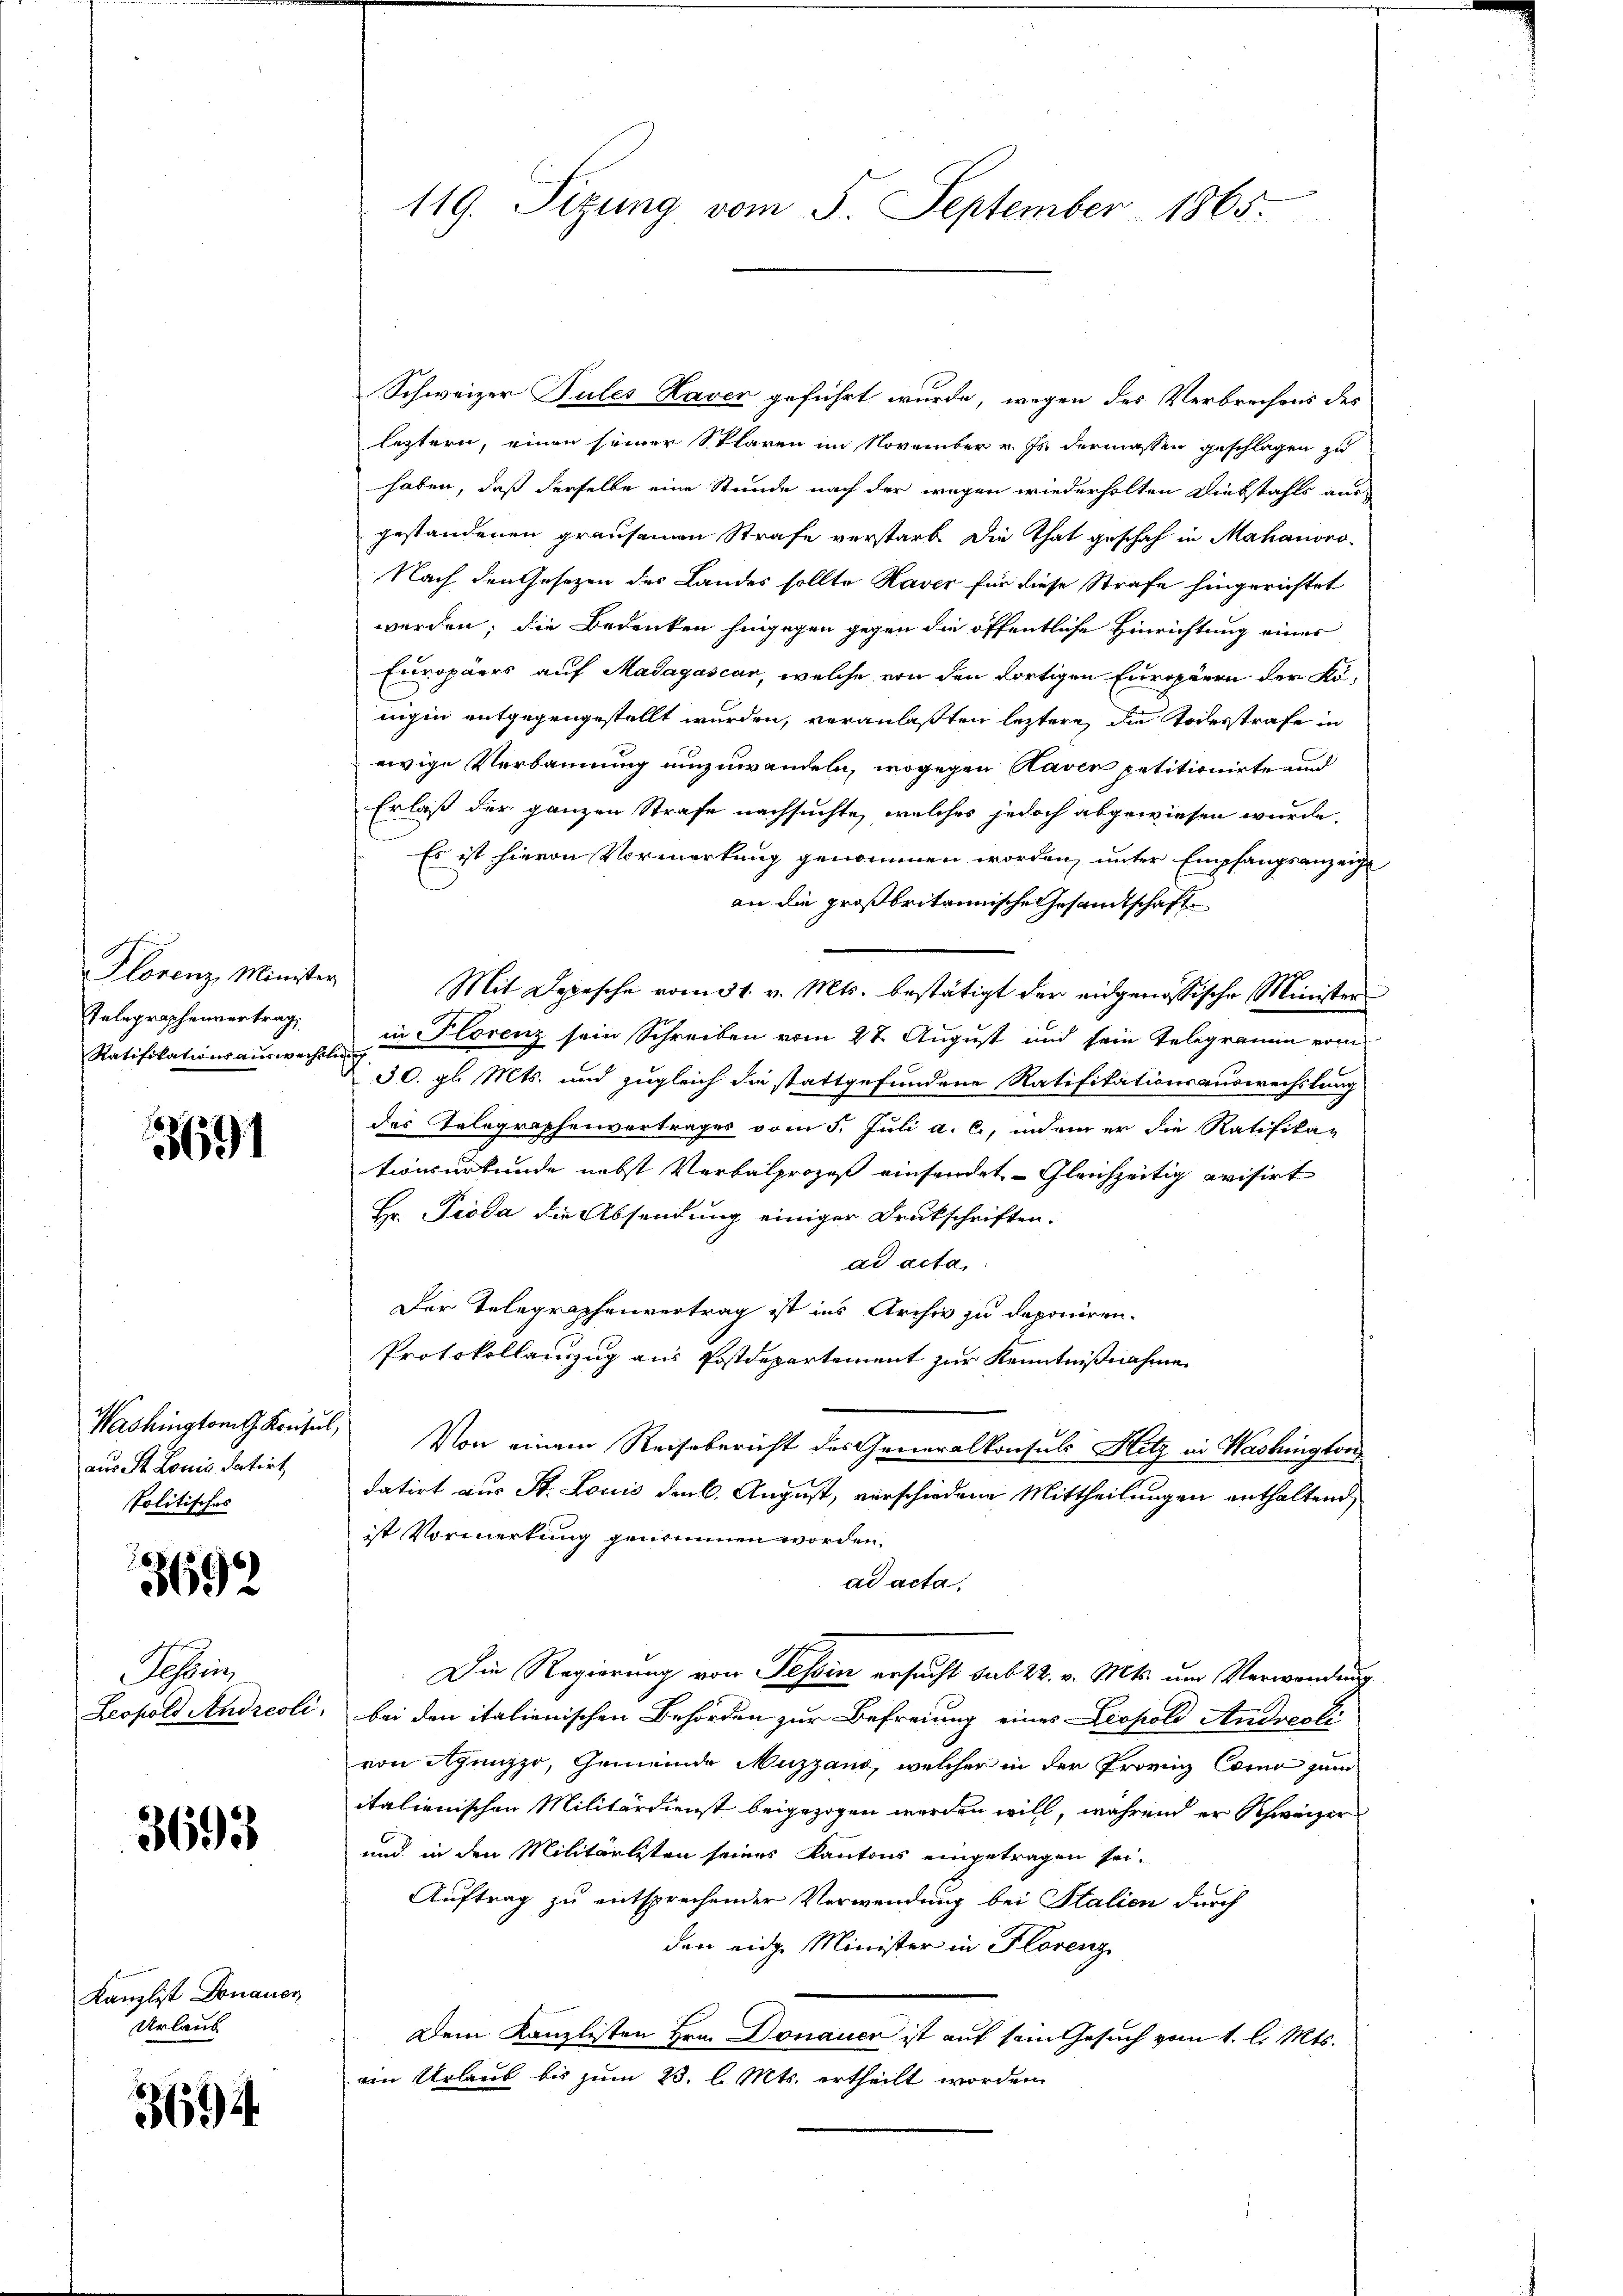
Florenz, Minister
Telegraphenvertrag,

3691

aus St. Louis datirt
Politisches

3692

Schrei

3693

Kanzlist Donauer
Urlaub

3694

119. Sizung vom 5. September 1865.

Schweizer Tules Raven geführt wurde, wegen des Verbrechens des
leztern, einen seiner Sklaren im November v. Js. dermassen geschlagen zu
haben, daß derselbe eine Stunde nach der wegen wiederholten Diebstahls aus-
gestandenen grausenen Strafe verstarb die That geschah in Mahanovo
Nach den Gesetzen der Landes sollte Haver für diese Strafe hingerichtet
werden; die Bedenken hingegen gegen die öffentliche Hinrichtung eines
Europäers auf Madagascar, welche von den dortigen Europäern der Königen entgegengestellt wurden, veranlaßten leztere, die Todesstrafe in
ewige Verbannnung umzuwandeln, wogegen Raven petitionirte und
Erlaß der ganzen Strafe nachsuchte, welches jedoch abgewiesen wurde.
Es ist hievon Vormerkung genommen worden, unter Empfangsanzeige
an die großbritannische Gesandtschaft
Mit Depesche vom 31. v. Mts. bestätigt der eidgenössische Minister
Ratifikationsauswechst in Klorenz sein Schreiben vom 27. August und sein Telegramm vom
30. gl. Mts. und zugleich die stattgefundene Ratifikationsauswechslung
des Telegraphenvertrages vom 5. Juli a. c., indem er die Ratifikationsurkunde nebst Verbalprozeß einsendet. Gleichzeitig evisirt
Hr. Pioda die Absendung einiger Drukschriften.
ad acta,
Der Telegraphenvertrag ist ins Archiv zu deponiren.
Protokollanzug aus Postdepartement zur Kenntnißnahme
Washington Konsul, Von einem Reisebericht des Generalkonsuls Hitz in Washington
datirt aus St. Louis der k. August, verschiedene Mittheilungen enthaltend,
ist Vormerkung genommen worden.
ad acta.
Die Regierung von Tessin ersucht sub 22. v. Mts. um Verwendung
Leopold Andreoli, bei den italienischen Behörden zur Befreiung eines Leopold Andreoli
von Agunzzo, Gemeinde Muzzand, welcher in der Provinz Coina zum
italienischen Militärdienst beigezogen werden will, während er Schweizer
und in den Militärlisten seines Kantons eingetragen sei.
Auftrag zu entsprechender Verwendung bei Stalien durch
den eine Minister in Florenz
Dem Kanzlisten Hrn. Donauen ist auf sein Gesuch vom 1. l. Mts.
ein Urlaub bis zum 23. l. Mts. ertheilt worden.